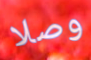
وصلا